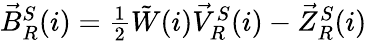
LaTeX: \begin{array}{r}{\vec{B}_{R}^{S}(i)=\frac{1}{2}\tilde{W}(i)\vec{V}_{R}^{S}(i)-\vec{Z}_{R}^{S}(i)}\end{array}